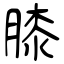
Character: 膝